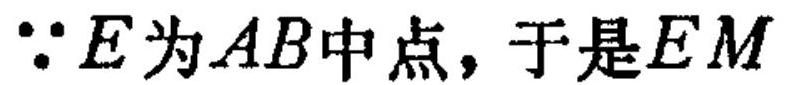
\(\because E\)为\(AB\)中点，于是\(EM\)